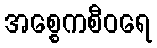
အစ္စေကစီဝရေ